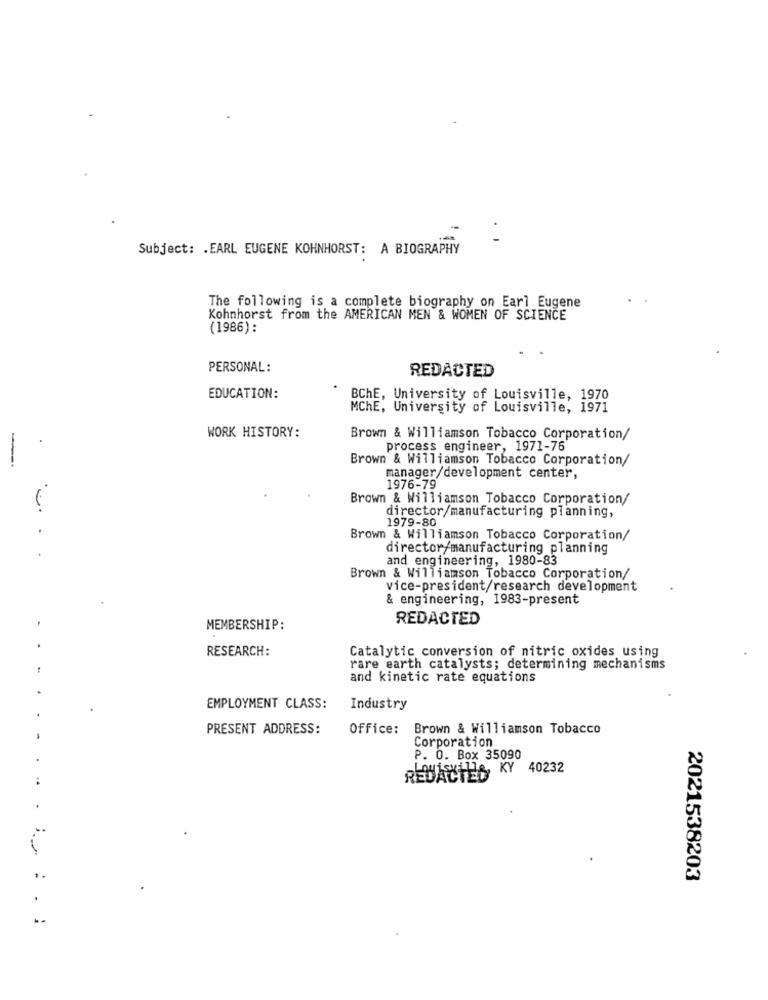
Subject: . EARL EUGENE KOHNHORST: A BIOGRAPHY
The following is a complete biography on Earl Eugene
Kohnhorst from the AMERICAN MEN & WOMEN OF SCIENCE
(1986):
PERSONAL:
REDACTED
EDUCATION:
BChE, University of Louisville, 1970
MChE, University of Louisville, 1971
WORK HISTORY:
Brown & Williamson Tobacco Corporation/
process engineer, 1971-76
Brown & Williamson Tobacco Corporation/
-
manager/development center,
1976-79
Brown & Williamson Tobacco Corporation/
director/manufacturing planning,
1979-80
Brown & Williamson Tobacco Corporation/
director/manufacturing planning
and engineering, 1980-83
Brown & Williamson Tobacco Corporation/
vice-president/research development
& engineering, 1983-present
REDACTED
-
MEMBERSHIP:
RESEARCH:
Catalytic conversion of nitric oxides using
rare earth catalysts; determining mechanisms
and kinetic rate equations
EMPLOYMENT CLASS:
Industry
PRESENT ADDRESS:
Office: Brown & Williamson Tobacco
..
Corporation
P. O. Box 35090
REDACTES KY 40232
.4
.
..
2021538203
. :